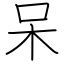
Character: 呆